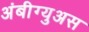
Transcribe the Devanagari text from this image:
अंबीग्युअस